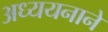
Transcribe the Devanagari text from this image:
अध्ययनाने